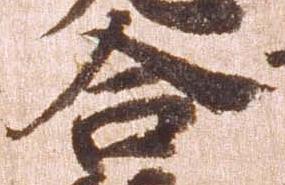
合